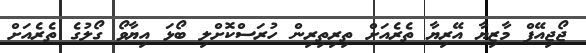
ޖޯޖިއޭފް މާޒިޔާ އޭރިޔާ ތެރެއަށް ތިރިތިރިން ހުރަސްކޮށްލި ބޯޅަ އިޔާވޯ ގޯލުގެ ތެރެއަށް